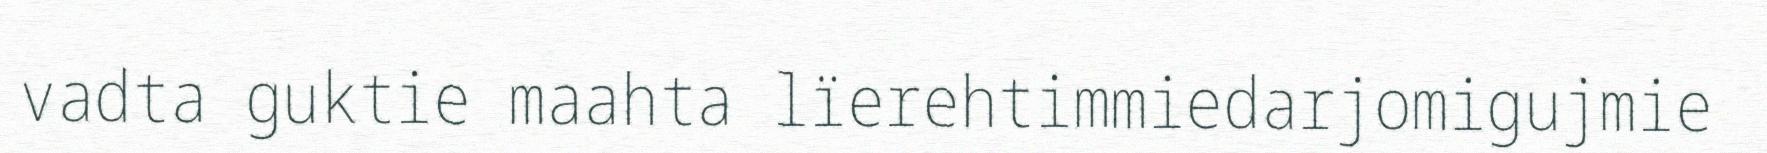
vadta guktie maahta lïerehtimmiedarjomigujmie